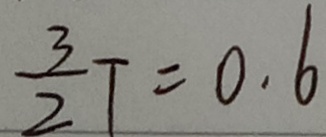
\frac { 3 } { 2 } T = 0 . 6